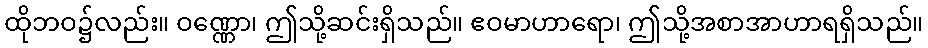
ထိုဘဝ၌လည်း။ ဝဏ္ဏော၊ ဤသို့ဆင်းရှိသည်။ ဧဝမာဟာရော၊ ဤသို့အစာအာဟာရရှိသည်။